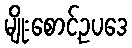
မျိုးစောင့်ဥပဒေ